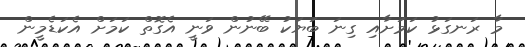
މާ ރަނގަޅު ކަމަށާއި ގިނަ ބަޔަކު ބޭނުން ވަނީ އެގޮތް ކަމަށް އެކަޑެމީން